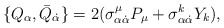
\begin{align*}\{ Q_\alpha, \bar{Q}_{\dot{\alpha}} \} =2 (\sigma^{\mu}_{\alpha \dot{\alpha}} P_{\mu} + \sigma^k_{\alpha \dot{\alpha}} Y_k ),\end{align*}